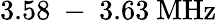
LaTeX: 3.58\mathrm{~-~}3.63~\mathrm{MHz}